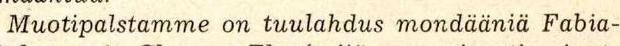
Muotipalstamme on tuulahdus mondääniä Fabia-